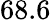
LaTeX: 68.6